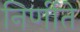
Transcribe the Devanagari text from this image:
निर्णीते